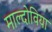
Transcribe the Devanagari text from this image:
माल्दोविया